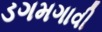
ડગમગાવી